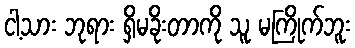
ငါ့သား ဘုရား ရှိမခိုးတာကို သူ မကြိုက်ဘူး